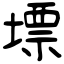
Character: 墂